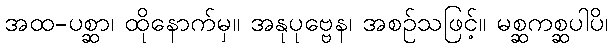
အထ-ပစ္ဆာ၊ ထိုနောက်မှ။ အနုပုဗ္ဗေန၊ အစဉ်သဖြင့်။ မစ္ဆကစ္ဆပါပိ၊